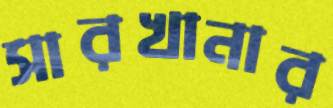
সারখানার